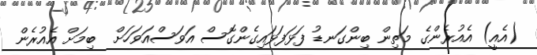
(އެއީ) އެއުރެންގެ މަތިން ބިންގަނޑު ފަޅަފަޅައިގެންގޮސް އަވަސްއަވަހަށް  ބިމަށް އެއުރެން